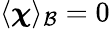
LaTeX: \langle\boldsymbol{\chi}\rangle_{\mathcal B}=0